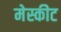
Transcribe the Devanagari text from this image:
मेस्कीट